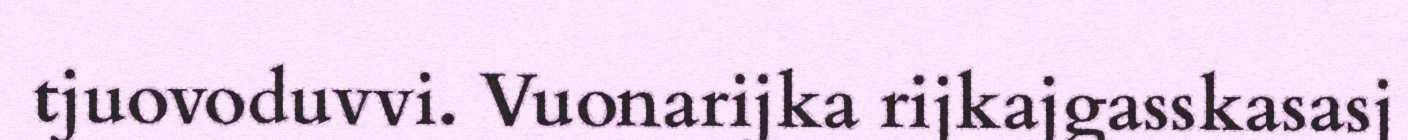
tjuovoduvvi. Vuonarijka rijkajgasskasasj